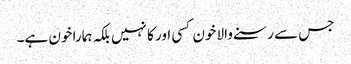
جس سے رسنے والا خون کسی اور کا نہیں بلکہ ہمارا خون ہے۔